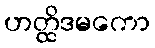
ဟတ္ထိဒမကော